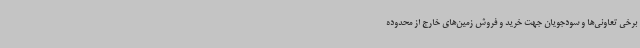
برخی تعاونی‌ها و سودجویان جهت خرید و فروش زمین‌های خارج از محدوده